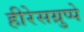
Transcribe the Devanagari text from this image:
हीरेसग्रुप्पे